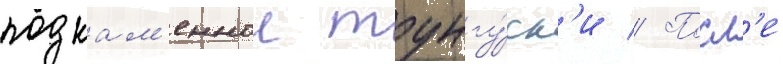
подкам'еннои тунгу́ск'и // Посл'е